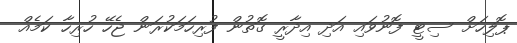
ޕޮލިހަށް ސިޓީ ފޮނުވައި އަދި އިދާރީ ގޮތުން ފުރިހަމަކުރަން ޖެހޭ ހުރިހާ ކަމެއް